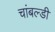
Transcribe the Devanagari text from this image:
चांबल्डी